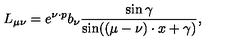
L _ { \mu \nu } = e ^ { \nu \cdot p } b _ { \nu } \frac { \sin \gamma } { \sin ( ( \mu - \nu ) \cdot x + \gamma ) } ,